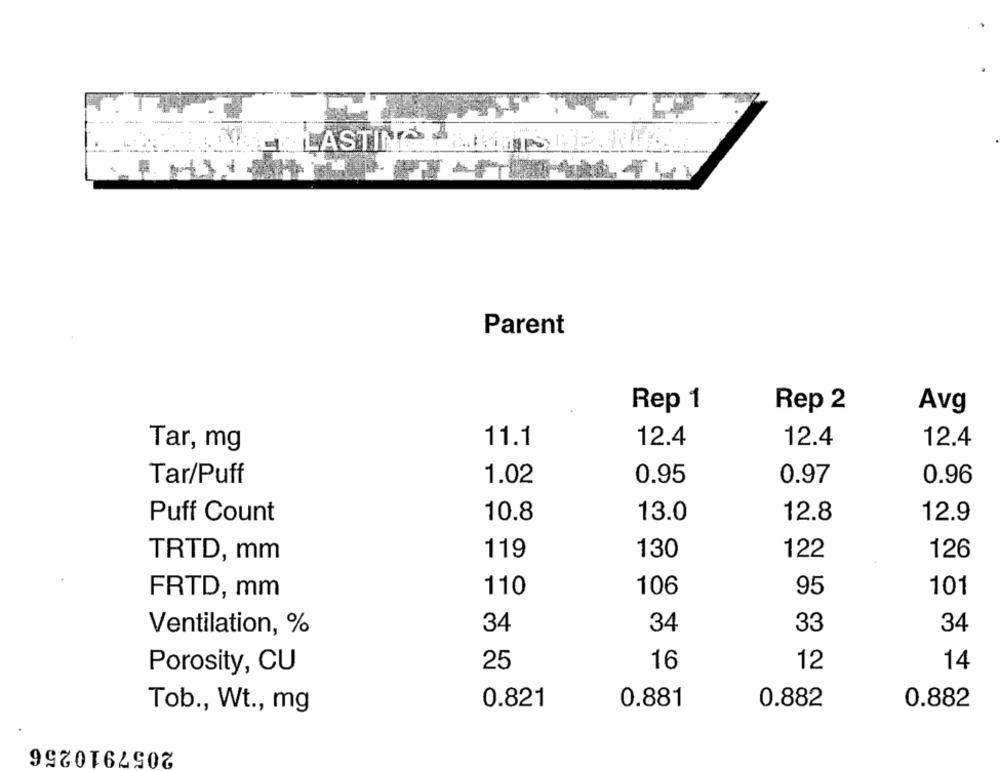
-------
HALLANALE LASTING WITTS
.
Parent
Rep 1
Rep 2
Avg
11.1
Tar, mg
12.4
12.4
12.4
Tar/Puff
1.02
0.95
0.97
0.96
10.8
13.0
12.8
12.9
Puff Count
119
130
122
126
TRTD, mm
FRTD, mm
110
106
95
101
Ventilation, %
34
34
33
34
Porosity, CU
25
16
12
14
Tob ., Wt ., mg
0.821
0.881
0.882
0.882
2057910256